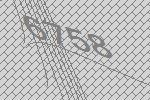
6758